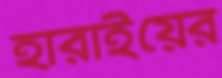
হারাইয়ের